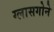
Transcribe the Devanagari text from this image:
ग्लासगोने